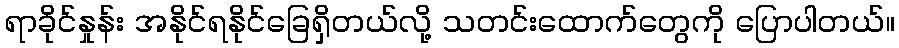
ရာခိုင်နှုန်း အနိုင်ရနိုင်ခြေရှိတယ်လို့ သတင်းထောက်တွေကို ပြောပါတယ်။